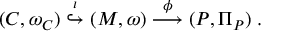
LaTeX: ( C , \omega _ { C } ) \stackrel { \iota } { \hookrightarrow } ( M , \omega ) \stackrel { \phi } { \longrightarrow } ( P , \Pi _ { P } ) \; .